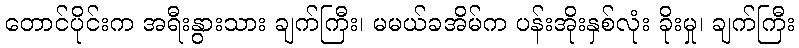
တောင်ပိုင်းက အရီးနွားသား ချက်ကြီး၊ မမယ်ခအိမ်က ပန်းအိုးနှစ်လုံး ခိုးမှု၊ ချက်ကြီး